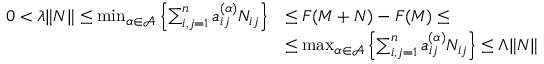
\begin{array} { r l } { 0 < \lambda \| N \| \le \operatorname* { m i n } _ { \alpha \in \mathcal { A } } \left\{ \sum _ { i , j = 1 } ^ { n } a _ { i j } ^ { ( \alpha ) } N _ { i j } \right\} } & { \le F ( M + N ) - F ( M ) \leq } \\ & { \le \operatorname* { m a x } _ { \alpha \in \mathcal { A } } \left\{ \sum _ { i , j = 1 } ^ { n } a _ { i j } ^ { ( \alpha ) } N _ { i j } \right\} \le \Lambda \| N \| } \end{array}